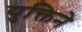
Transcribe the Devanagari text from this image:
युक्तिने